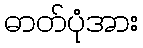
ဓာတ်ပုံအား